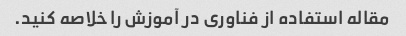
مقاله استفاده از فناوری در آموزش را خلاصه کنید.